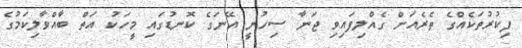
ފިކުރުތަކެއްގެ ތެރެއަށް ގެއްލިފައިވި ޖަނާ ސިހުނީ އޭނަގެ ކޮނޑުގައި މީހަކު އަތް ބާއްވާލިކަމުގެ